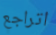
اتراجع